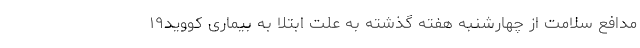
مدافع سلامت از چهارشنبه هفته گذشته به علت ابتلا به بیماری کووید۱۹